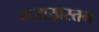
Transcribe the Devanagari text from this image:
कज़ाख़स्तन